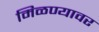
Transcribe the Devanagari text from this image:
मिळण्यावर